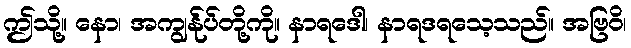
ဤသို့။ နော၊ အကျွန်ုပ်တို့ကို။ နာရဒေါ၊ နာရဒရသေ့သည်။ အဗြဝိ၊